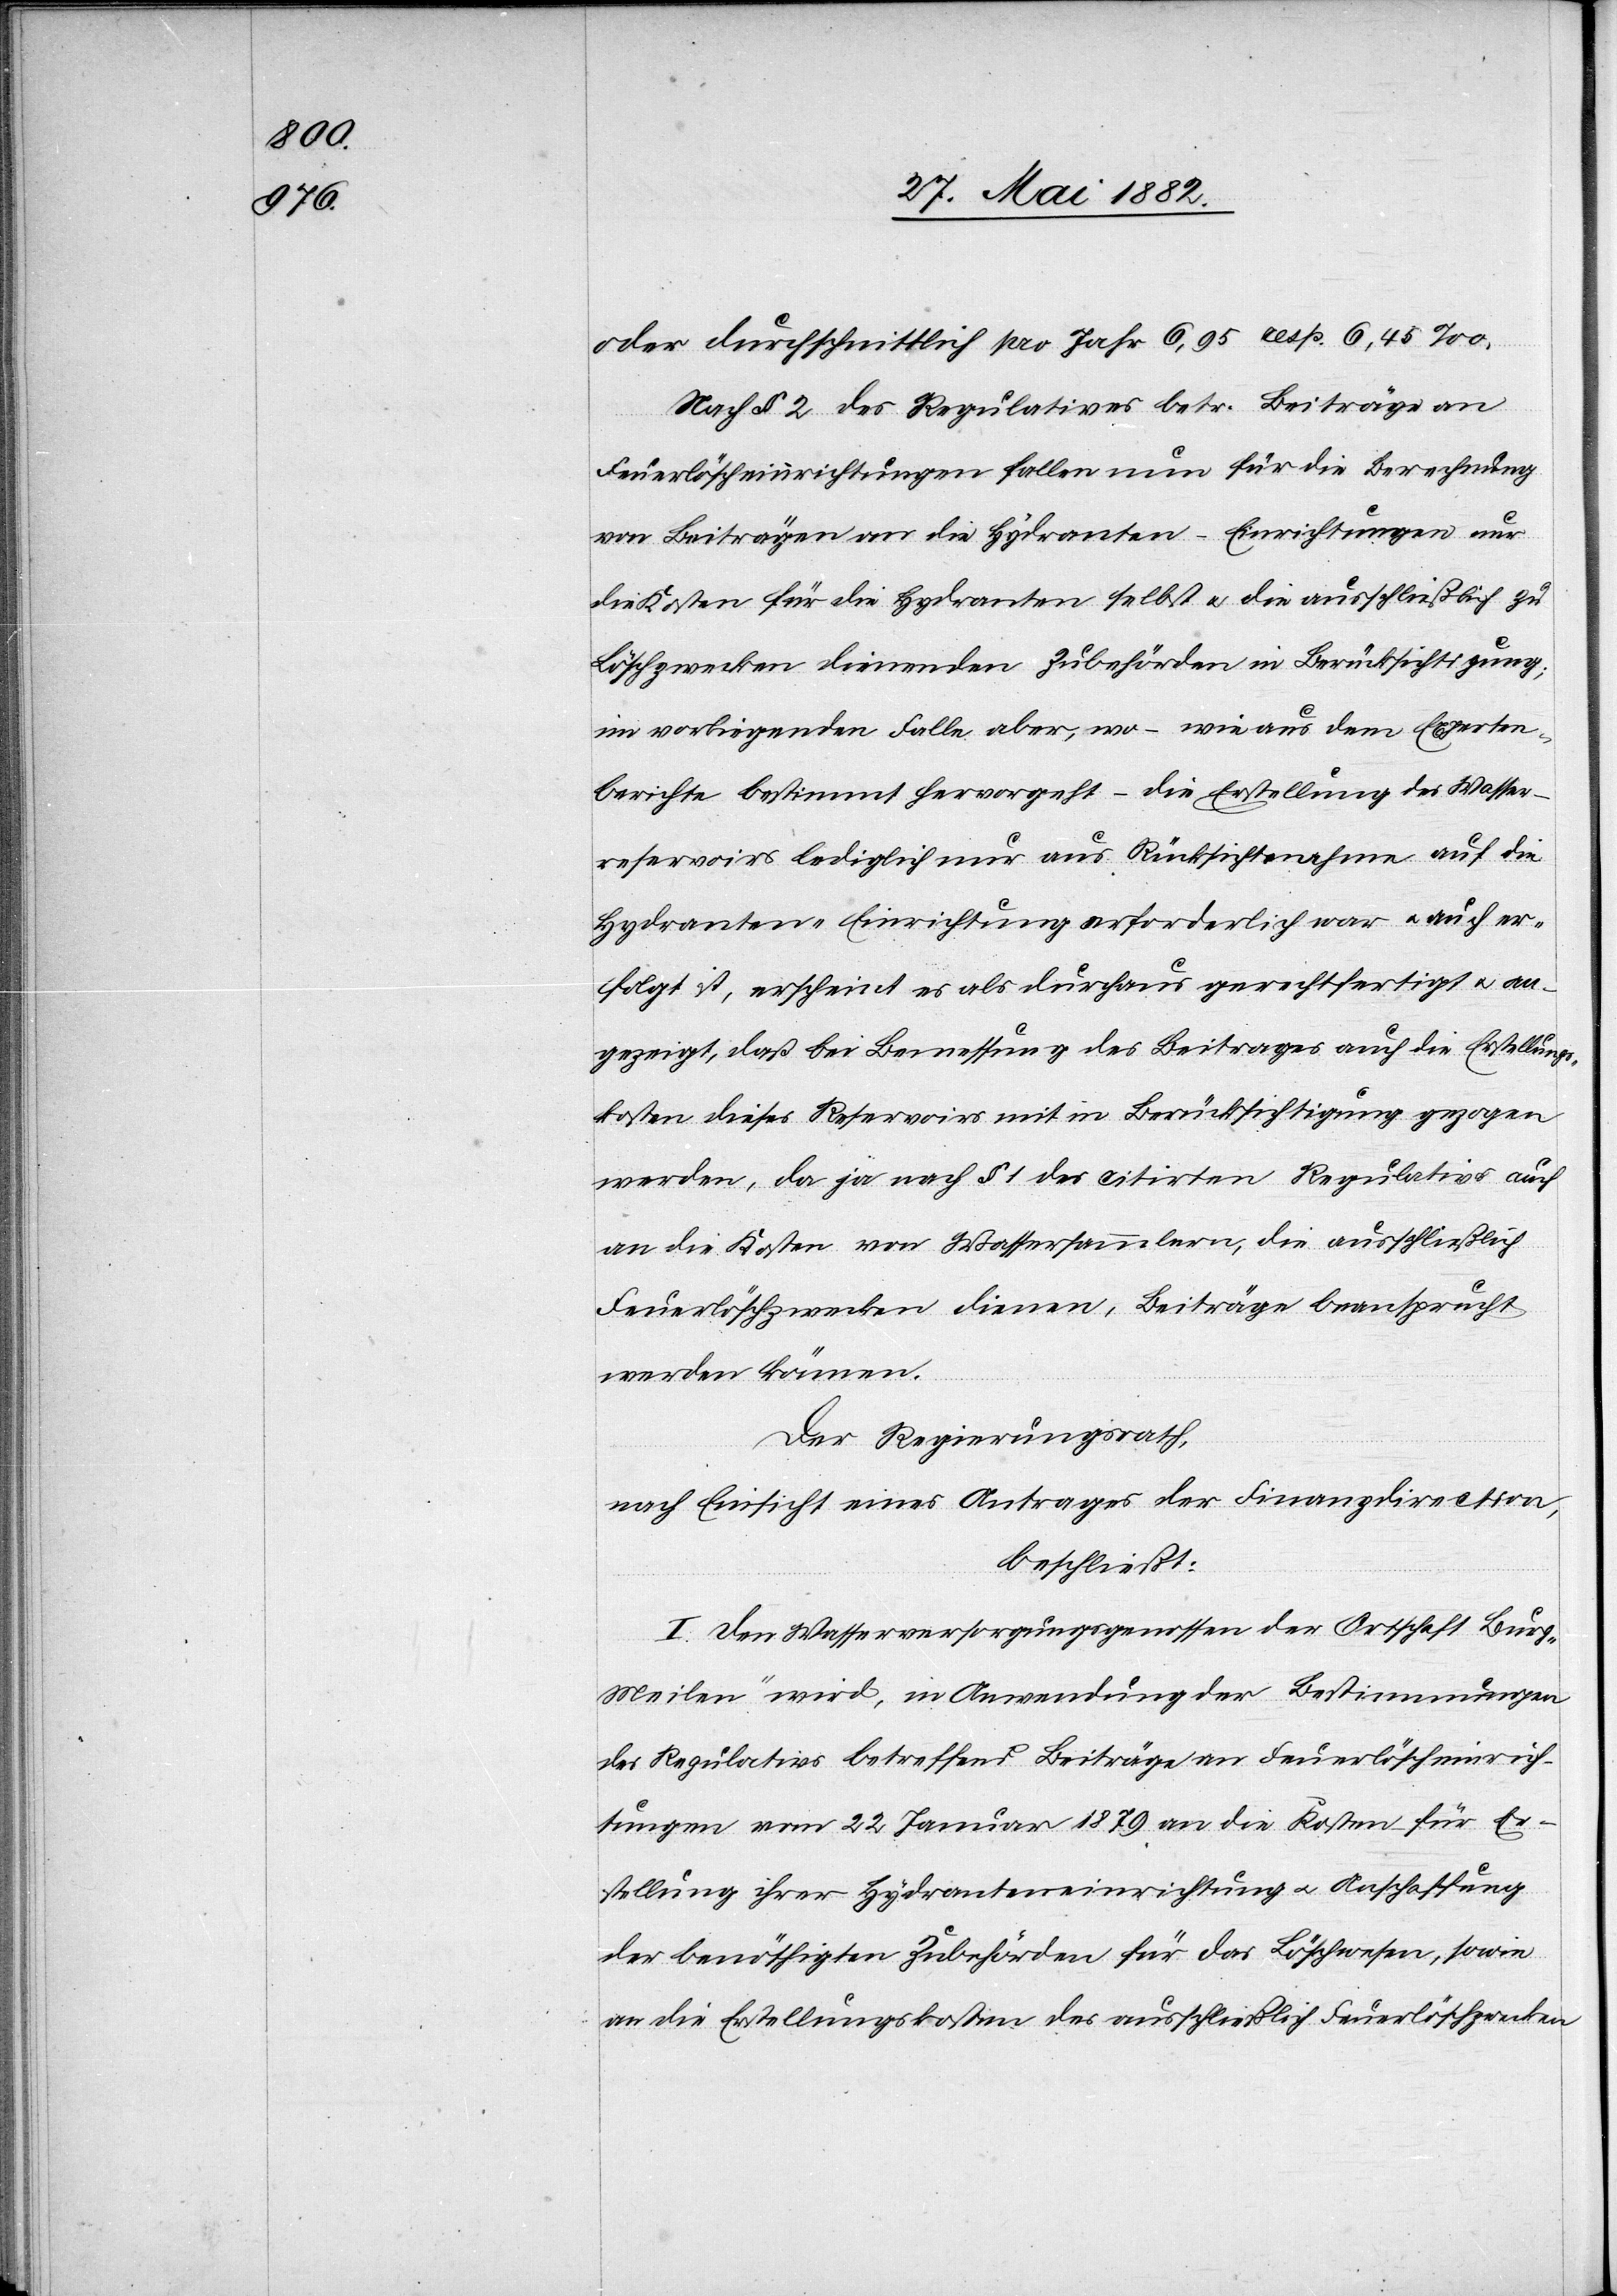
oder durchschnittlich pro Jahr 6,95 resp. 6,56‰.
Nach § 2 des Regulatives betr. Beiträge an
Feuerlöscheinrichtungen fallen nun für die Berechnung
von Beiträgen an die Hydranten-Einrichtungen nur
die Kosten für die Hydranten selbst u. die ausschließlich zu
Löschzwecken dienenden Zubehörden in Berücksichtigung;
im vorliegenden Falle aber, wo – wie aus dem Experten¬
berichte bestimmt hervorgeht – die Erstellung der Wasser¬
reservoirs lediglich nur aus Rücksichtnahme auf die
Hydranten-Einrichtung erforderlich war u. auch er¬
folgt ist, erscheint es als durchaus gerechtfertigt u. an¬
gezeigt, daß bei Bemessung des Beitrages auch die Erstellungs¬
kosten dieses Reservoirs mit in Berücksichtigung gezogen
werden, da ja nach § 1 des citirten Regulativs auch
an die Kosten von Wassersammlern, die ausschließlich
Feuerlöschzwecken dienen, Beiträge beansprucht
werden können.
Der Regierungsrath,
nach Einsicht eines Antrages der Finanzdirection,
beschließt:
I. Den Wasserversorgungsgenossen der Ortschaft „Burg-M¬
eilen“ wird, in Anwendung der Bestimmungen
des Regulativs betreffend Beiträge an Feuerlöscheinrich¬
tungen vom 22. Januar 1879 an die Kosten für Er¬
stellung ihrer Hydranteneinrichtung u. Anschaffung
der benöthigten Zubehörden für das Löschwesen, sowie
an die Erstellungskosten des ausschließlich Feuerlöschzwecken